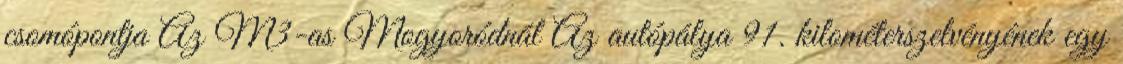
csomópontja Az M3-as Mogyoródnál Az autópálya 91. kilométerszelvényének egy